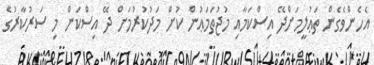
އެހެންވެގެން ތަޢުލީމަށްދޭ އިސްކަމާއި މުޖުތަމަޢުން ކުށް މަދުކުރުމަށް ދޭ އިސްކަން މި ސަރުކާރުގެ